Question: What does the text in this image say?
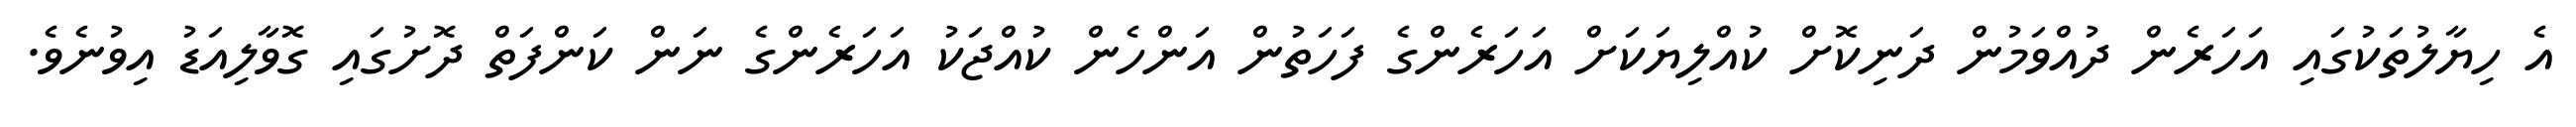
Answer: އެ ހިޔާލުތަކުގައި އަހަރެން ދުއްވަމުން ދަނިކޮށް ކުއްލިޔަކަށް އަހަރެންގެ ފަހަތުން އަންހެން ކުއްޖަކު އަހަރެންގެ ނަން ކަންފަތް ދޮށުގައި ގޮވާލިއަޑު އިވުނެވެ.